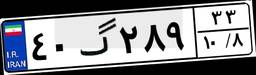
۴۰گ۲۸۹۳۳